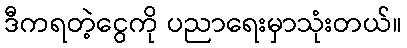
ဒီကရတဲ့ငွေကို ပညာရေးမှာသုံးတယ်။